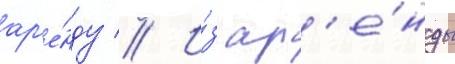
ар'е́нду // И́з ар'е́нды